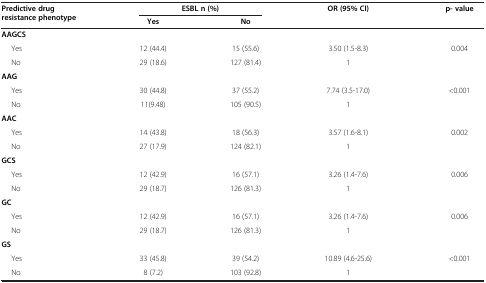
<table><thead><tr><td rowspan="2"><b>Predictive drug resistance phenotype</b></td><td colspan="2"><b>ESBL n (%)</b></td><td><b>OR (95% CI)</b></td><td><b>p- value</b></td></tr><tr><td><b>Yes</b></td><td><b>No</b></td><td><b> </b></td><td><b> </b></td></tr></thead><tbody><tr><td><b>AAGCS</b></td><td> </td><td> </td><td> </td><td> </td></tr><tr><td>Yes</td><td>12 (44.4)</td><td>15 (55.6)</td><td>3.50 (1.5-8.3)</td><td>0.004</td></tr><tr><td>No</td><td>29 (18.6)</td><td>127 (81.4)</td><td>1</td><td> </td></tr><tr><td><b>AAG</b></td><td> </td><td> </td><td> </td><td> </td></tr><tr><td>Yes</td><td>30 (44.8)</td><td>37 (55.2)</td><td>7.74 (3.5-17.0)</td><td>&lt;0.001</td></tr><tr><td>No</td><td>11(9.48)</td><td>105 (90.5)</td><td>1</td><td> </td></tr><tr><td><b>AAC</b></td><td> </td><td> </td><td> </td><td> </td></tr><tr><td>Yes</td><td>14 (43.8)</td><td>18 (56.3)</td><td>3.57 (1.6-8.1)</td><td>0.002</td></tr><tr><td>No</td><td>27 (17.9)</td><td>124 (82.1)</td><td>1</td><td> </td></tr><tr><td><b>GCS</b></td><td> </td><td> </td><td> </td><td> </td></tr><tr><td>Yes</td><td>12 (42.9)</td><td>16 (57.1)</td><td>3.26 (1.4-7.6)</td><td>0.006</td></tr><tr><td>No</td><td>29 (18.7)</td><td>126 (81.3)</td><td>1</td><td> </td></tr><tr><td><b>GC</b></td><td> </td><td> </td><td> </td><td> </td></tr><tr><td>Yes</td><td>12 (42.9)</td><td>16 (57.1)</td><td>3.26 (1.4-7.6)</td><td>0.006</td></tr><tr><td>No</td><td>29 (18.7)</td><td>126 (81.3)</td><td>1</td><td> </td></tr><tr><td><b>GS</b></td><td> </td><td> </td><td> </td><td> </td></tr><tr><td>Yes</td><td>33 (45.8)</td><td>39 (54.2)</td><td>10.89 (4.6-25.6)</td><td>&lt;0.001</td></tr><tr><td>No</td><td>8 (7.2)</td><td>103 (92.8)</td><td>1</td><td> </td></tr></tbody></table>